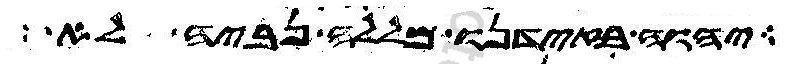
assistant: יהוה בזידנו מללה נביה לא